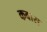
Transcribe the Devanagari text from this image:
कवास